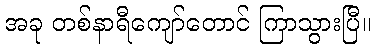
အခု တစ်နာရီကျော်တောင် ကြာသွားပြီ။